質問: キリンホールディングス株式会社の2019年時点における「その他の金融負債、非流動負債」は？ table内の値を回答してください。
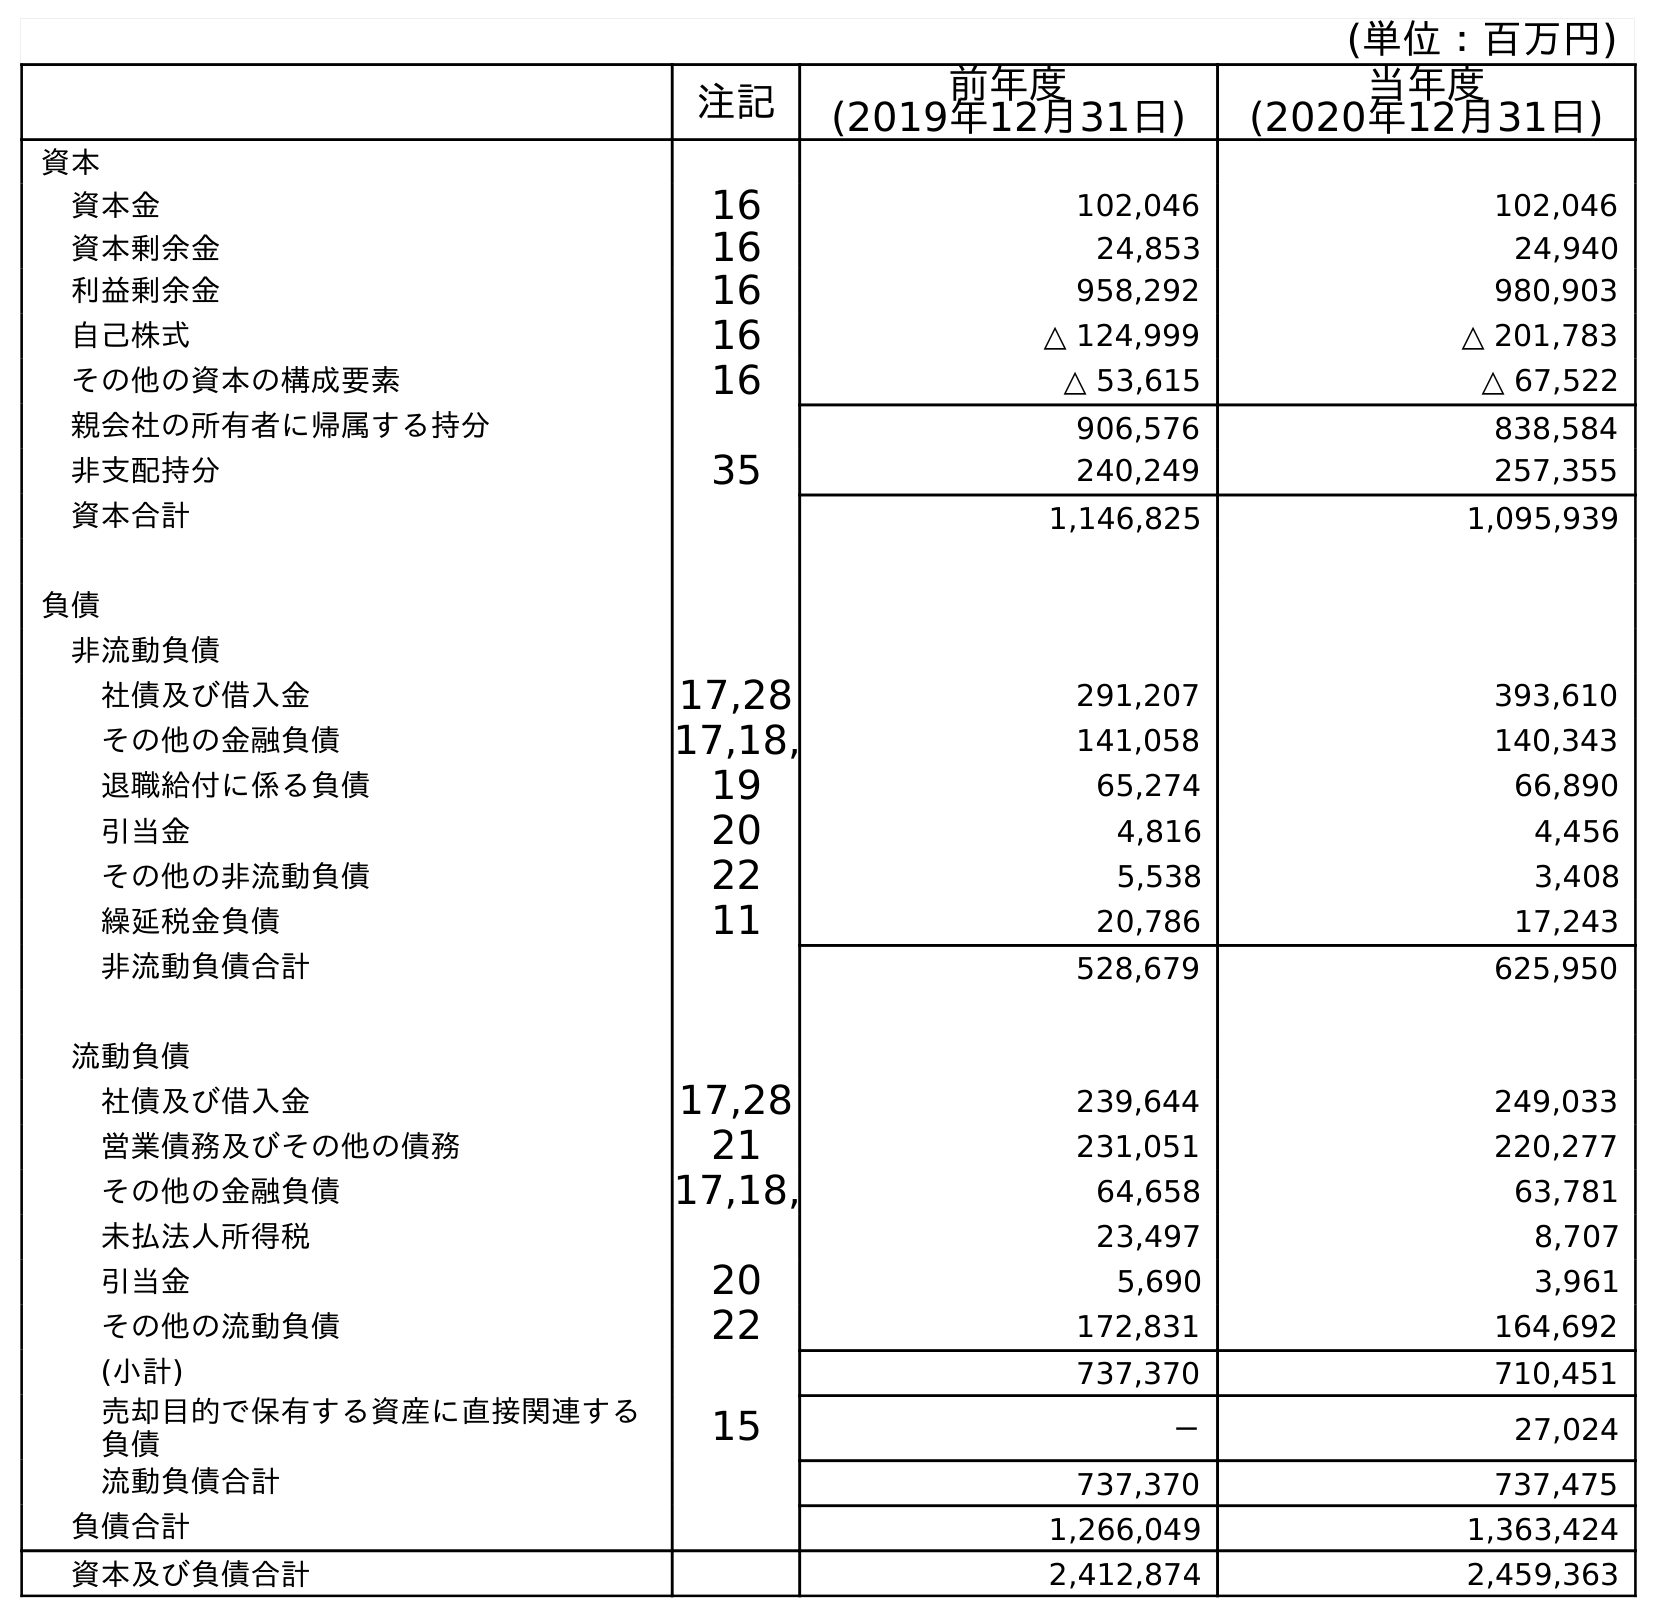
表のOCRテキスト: (単位：百万円) 注記 前年度 (2019年12月31日) 当年度 (2020年12月31日) 資本 資本金 16 102,046 102,046 資本剰余金 16 24,853 24,940 利益剰余金 16 958,292 980,903 自己株式 16 △ 124,999 △ 201,783 その他の資本の構成要素 16 △ 53,615 △ 67,522 親会社の所有者に帰属する持分 906,576 838,584 非支配持分 35 240,249 257,355 資本合計 1,146,825 1,095,939 負債 非流動負債 社債及び借入金 17,28 291,207 393,610 その他の金融負債 17,18, 141,058 140,343 退職給付に係る負債 19 65,274 66,890 引当金 20 4,816 4,456 その他の非流動負債 22 5,538 3,408 繰延税金負債 11 20,786 17,243 非流動負債合計 528,679 625,950 流動負債 社債及び借入金 17,28 239,644 249,033 営業債務及びその他の債務 21 231,051 220,277 その他の金融負債 17,18, 64,658 63,781 未払法人所得税 23,497 8,707 引当金 20 5,690 3,961 その他の流動負債 22 172,831 164,692 (小計) 737,370 710,451 売却目的で保有する資産に直接関連する 負債 15 － 27,024 流動負債合計 737,370 737,475 負債合計 1,266,049 1,363,424 資本及び負債合計 2,412,874 2,459,363
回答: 141,058